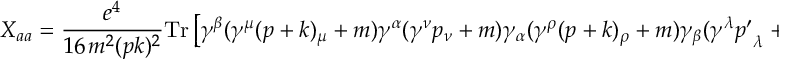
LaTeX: X _ { a a } = { \frac { e ^ { 4 } } { 1 6 \, m ^ { 2 } ( p k ) ^ { 2 } } } \mathrm { T r } \left[ \gamma ^ { \beta } ( \gamma ^ { \mu } ( p + k ) _ { \mu } + m ) \gamma ^ { \alpha } ( \gamma ^ { \nu } p _ { \nu } + m ) \gamma _ { \alpha } ( \gamma ^ { \rho } ( p + k ) _ { \rho } + m ) \gamma _ { \beta } ( \gamma ^ { \lambda } { p ^ { \prime } } _ { \lambda } + m ) \right]